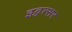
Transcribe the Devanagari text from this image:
इद्वत्सर